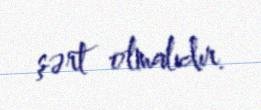
şərt olmalıdır.